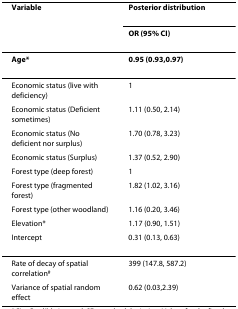
| Variable | Posterior distribution |
 |  | OR (95% CI) |
 | --- | --- |
 | Age* | 0.95 (0.93,0.97) |
 | Economic status (live with deficiency) | 1 |
 | Economic status (Deficient sometimes) | 1.11 (0.50, 2.14) |
 | Economic status (No deficient nor surplus) | 1.70 (0.78, 3.23) |
 | Economic status (Surplus) | 1.37 (0.52, 2.90) |
 | Forest type (deep forest) | 1 |
 | Forest type (fragmented forest) | 1.82 (1.02, 3.16) |
 | Forest type (other woodland) | 1.16 (0.20, 3.46) |
 | Elevation* | 1.17 (0.90, 1.51) |
 | Intercept | 0.31 (0.13, 0.63) |
 | Rate of decay of spatial correlation# | 399 (147.8, 587.2) |
 | Variance of spatial random effect | 0.62 (0.03,2.39) |